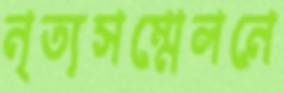
নৃত্যসম্মেলনে